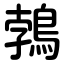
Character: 鵓